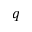
q